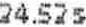
24.52S